Vaccination Hyderabad 1890-1903 - 1890-1903
Year: 1890
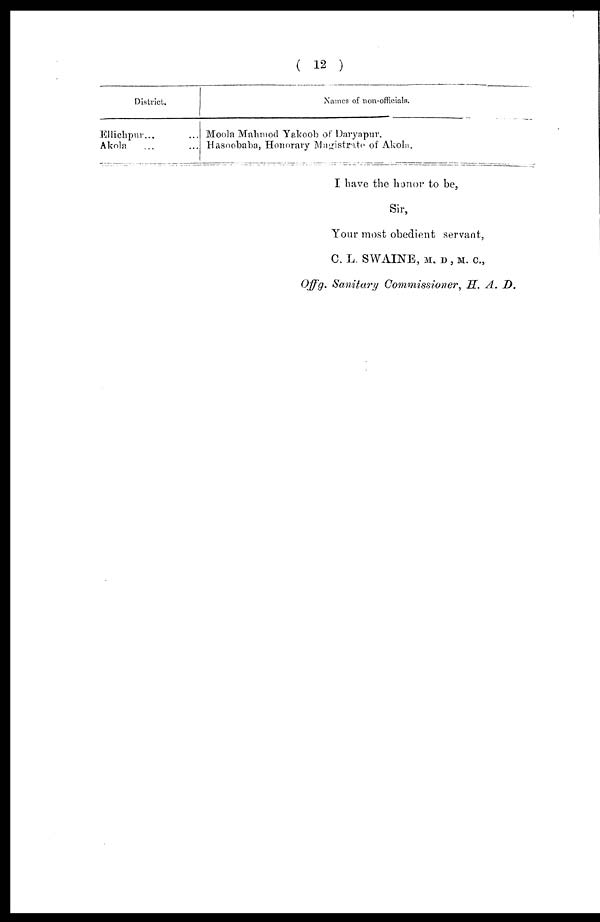
( 12 )
District.
Ellichpur... ...
Akola ... ...
Names of non-officials.
Moola Mahmod Yakoob of Daryapur.
Hasoobaba, Honorary Magistrate of Akola.
I have the honor to be,
Sir,
Your most obedient servant,
C. L. SWAINE, M. D , M. C.,
Offg. Sanitary Commissioner, H. A. D.